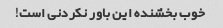
خوب بخشنده این باور نکردنی است!